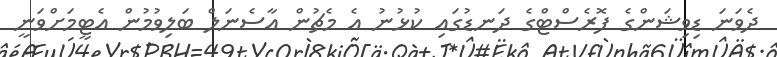
ދެވަނަ ޑިވިޝަންގެ ފޮރެސްޓްގެ ދަނޑުގައި ކުޅުނު އެ މެޗުން އާސެނަލް ބަލިވުމުން އެޓީމަށްވަނީ